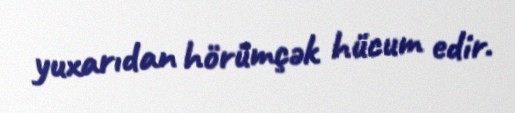
yuxarıdan hörümçək hücum edir.